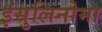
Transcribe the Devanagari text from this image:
इंसुलिनोमा